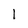
Character: 1